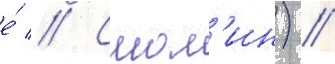
е́ // Смол'ин) //